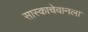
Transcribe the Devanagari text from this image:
सास्काचेवानला